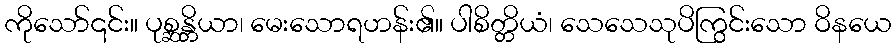
ကိုသော်၎င်း။ ပုစ္ဆန္တိယာ၊ မေးသောရဟန်း၏။ ပါစိတ္တိယံ၊ သေသေသုပိကြွင်းသော ဝိနယေ